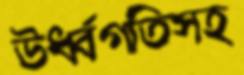
ঊর্ধ্বগতিসহ